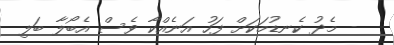
- މެދު ކެނޑުމަކަށް ފަހު އަނެއްކާ ވެސް އެބޯލާ ބަލި